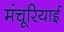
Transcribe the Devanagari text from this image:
मंचूरियाई